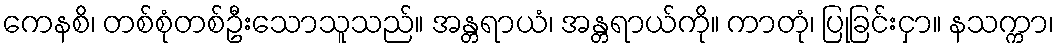
ကေနစိ၊ တစ်စုံတစ်ဦးသောသူသည်။ အန္တရာယံ၊ အန္တရာယ်ကို။ ကာတုံ၊ ပြုခြင်းငှာ။ နသက္ကာ၊